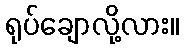
ရုပ်ချောလို့လား။